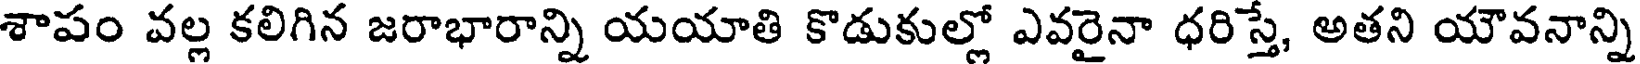
శాపం వల్ల కలిగిన జరాభారాన్ని యయాతి కొడుకుల్లో ఎవరైనా ధరిస్తే, అతని యౌవనాన్ని